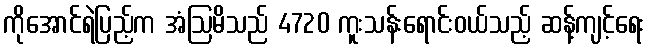
ကိုအောင်ရဲပြည့်က အံဩမိသည် 4720 ကူးသန်းရောင်းဝယ်သည့် ဆန့်ကျင့်ရေး